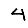
Digit: 4